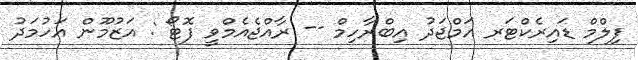
ފިލްމް ޑައިރެކްޓަރ އަމްޖަދު އިބްރާހިމް -- ރާއްޖެއެމްވީ ފޮޓޯ : އަޒުމޫން އަހުމަދު